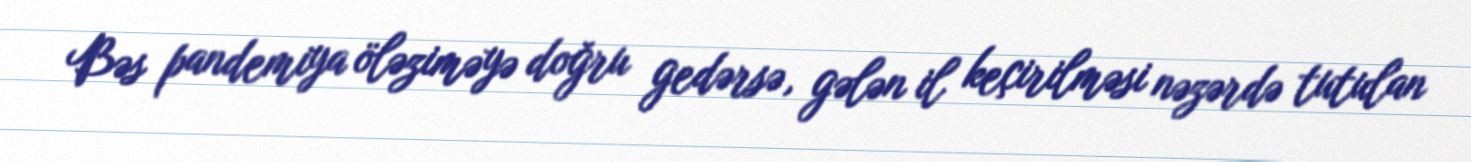
Bəs pandemiya öləziməyə doğru gedərsə, gələn il keçirilməsi nəzərdə tutulan